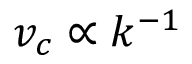
v _ { c } \propto k ^ { - 1 }